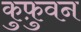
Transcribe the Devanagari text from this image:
कुफ़ुवन